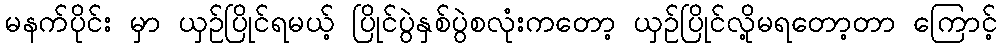
မနက်ပိုင်း မှာ ယှဉ်ပြိုင်ရမယ့် ပြိုင်ပွဲနှစ်ပွဲစလုံးကတော့ ယှဉ်ပြိုင်လို့မရတော့တာ ကြောင့်